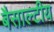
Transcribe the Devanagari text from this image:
बैसाल्टीय